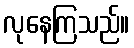
လုနေကြသည်။